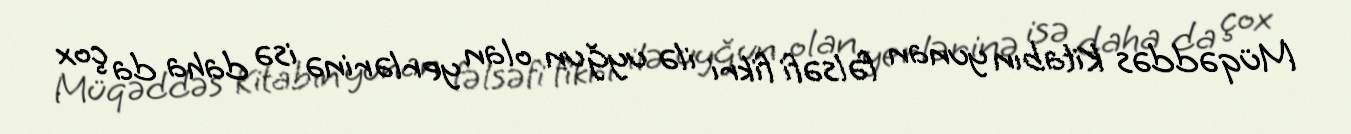
Müqəddəs Kitabın yunan fəlsəfi fikri ilə uyğun olan yerlərinə isə daha da çox